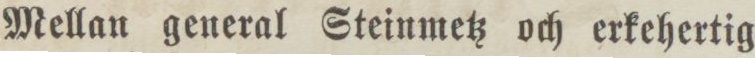
Mellan general Steinmetz och erkehertig